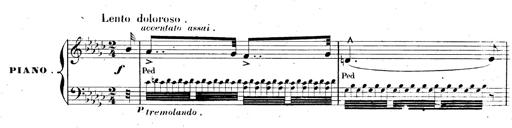
Title: AnnÃ©es de pÃ¨lerinage II, SupplÃ©ment
Composer: Franz Liszt